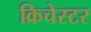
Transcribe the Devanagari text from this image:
क्रिचेस्टर